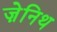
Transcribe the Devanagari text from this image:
ज़ेनिथ